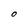
Character: O